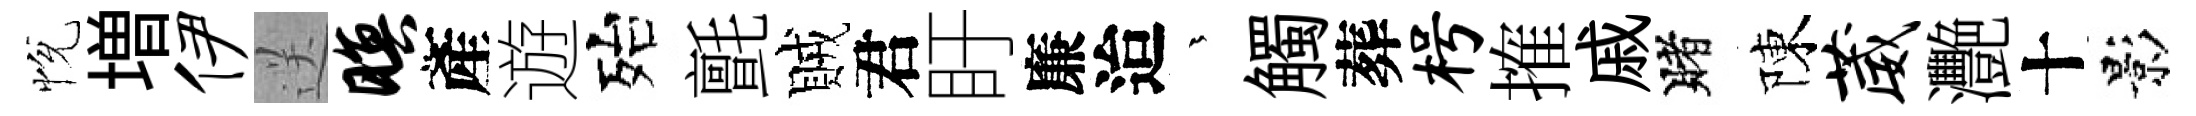
恱増伊送暝產遊殆氈賊君盱廉迨茫觸葬枵搉戚賭陳葳灧十影